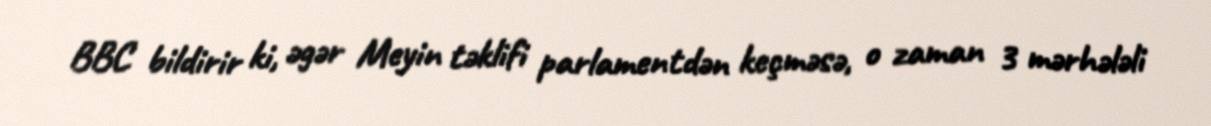
BBC bildirir ki, əgər Meyin təklifi parlamentdən keçməsə, o zaman 3 mərhələli